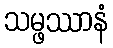
သမ္ဖဿာနံ